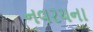
નવરચના